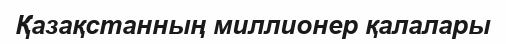
Қазақстанның миллионер қалалары